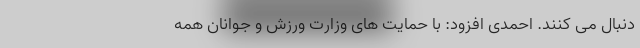
دنبال می کنند. احمدی افزود: با حمایت های وزارت ورزش و جوانان همه